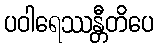
ပဝါရေဿန္တီတိပေ